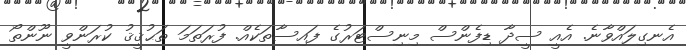
އެނގިލައްވާނެ. އެއީ ސީދާ ޑިފެންސް މިނިސްޓަރުގެ ފައިސާތަކެއް. ފުރަތަމަ ތަޙުޤީޤު ކުރަންވީ ނޫންތޯ